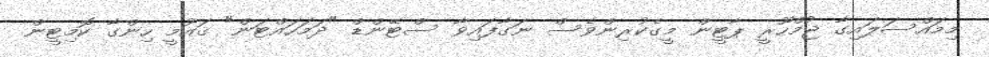
މިމައްސަލައިގާ ޖުމްހޫރީ ޕާޓީން މީގެކުރިންވެސް ނަގާފައިވާ ސްޓޭންޑް "ދަމަހައްޓަން" ޤައުމީ ހިންގާ ކޮމިޓީން